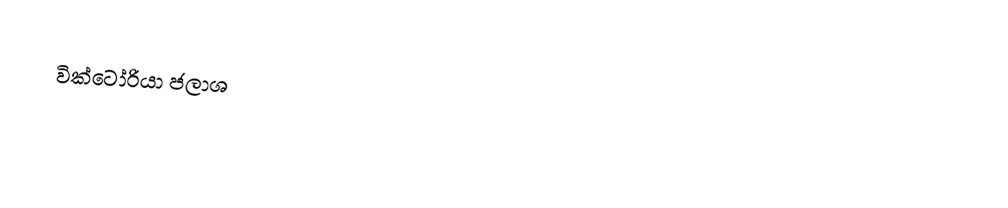
වික්ටෝරියා   ජලාශ